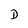
Character: D